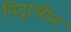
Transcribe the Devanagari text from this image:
निद्राधीन